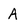
Character: A